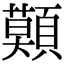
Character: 𩔷